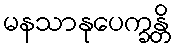
မနသာနုပေက္ခန္တိ